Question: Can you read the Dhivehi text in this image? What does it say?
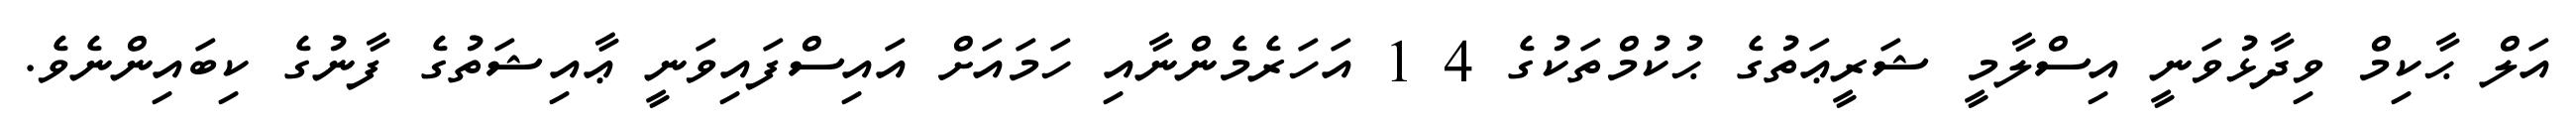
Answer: އަލް ޙާކިމް ވިދާޅުވަނީ އިސްލާމީ ޝަރީޢަތުގެ ޙުކުމްތަކުގެ 4 1 އަހަރެމެންނާއި ހަމައަށް އައިސްފައިވަނީ ޢާއިޝަތުގެ ފާނުގެ ކިބައިންނެވެ.